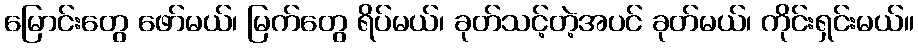
မြောင်းတွေ ဖော်မယ်၊ မြက်တွေ ရိပ်မယ်၊ ခုတ်သင့်တဲ့အပင် ခုတ်မယ်၊ ကိုင်းရှင်းမယ်။